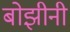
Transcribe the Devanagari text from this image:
बोझीनी